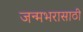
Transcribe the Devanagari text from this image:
जन्मभरासाठी